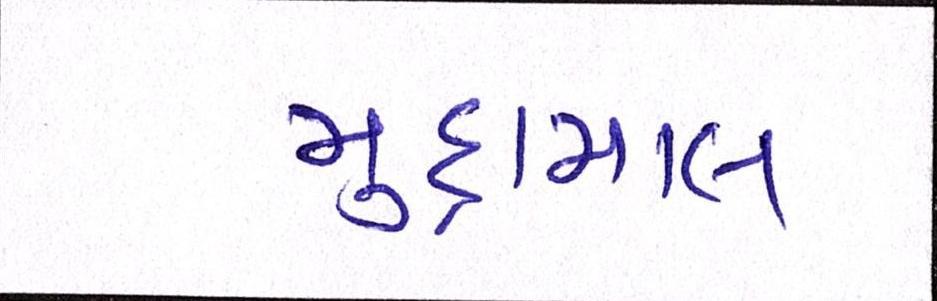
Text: મુદામાલ